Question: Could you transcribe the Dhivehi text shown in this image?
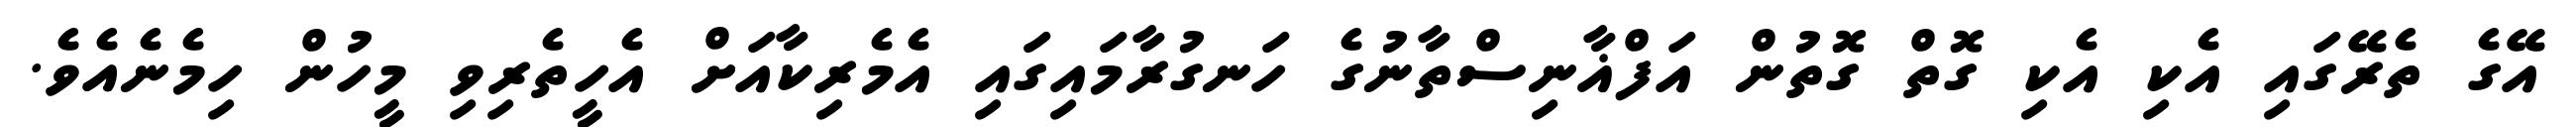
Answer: އޭގެ ތެރޭގައި އެކި އެކި ގޮތް ގޮތުން އަފްޣާނިސްތާނުގެ ހަނގުރާމައިގައި އެމެރިކާއަށް އެހީތެރިވި މީހުން ހިމެނެއެވެ.